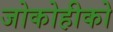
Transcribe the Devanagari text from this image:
जोकोहीको